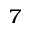
^ { 7 }